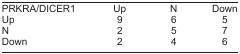
<table><thead><tr><td><b>PRKRA/DICER1</b></td><td><b>Up</b></td><td><b>N</b></td><td><b>Down</b></td></tr></thead><tbody><tr><td>Up</td><td>9</td><td>6</td><td>5</td></tr><tr><td>N</td><td>2</td><td>5</td><td>7</td></tr><tr><td>Down</td><td>2</td><td>4</td><td>6</td></tr></tbody></table>